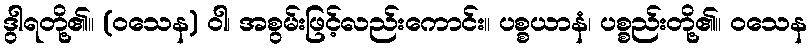
ဒွါရတို့၏။ (ဝသေန) ဝါ၊ အစွမ်းဖြင့်လည်းကောင်း။ ပစ္စယာနံ၊ ပစ္စည်းတို့၏။ ဝသေန